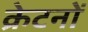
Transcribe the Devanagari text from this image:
क्रेटनों